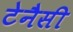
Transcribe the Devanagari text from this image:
टेनैसी